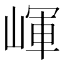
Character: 𡺠